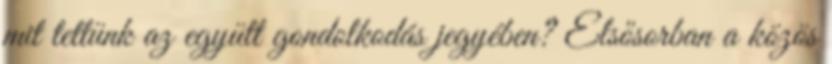
mit tettünk az együtt gondolkodás jegyében? Elsősorban a közös